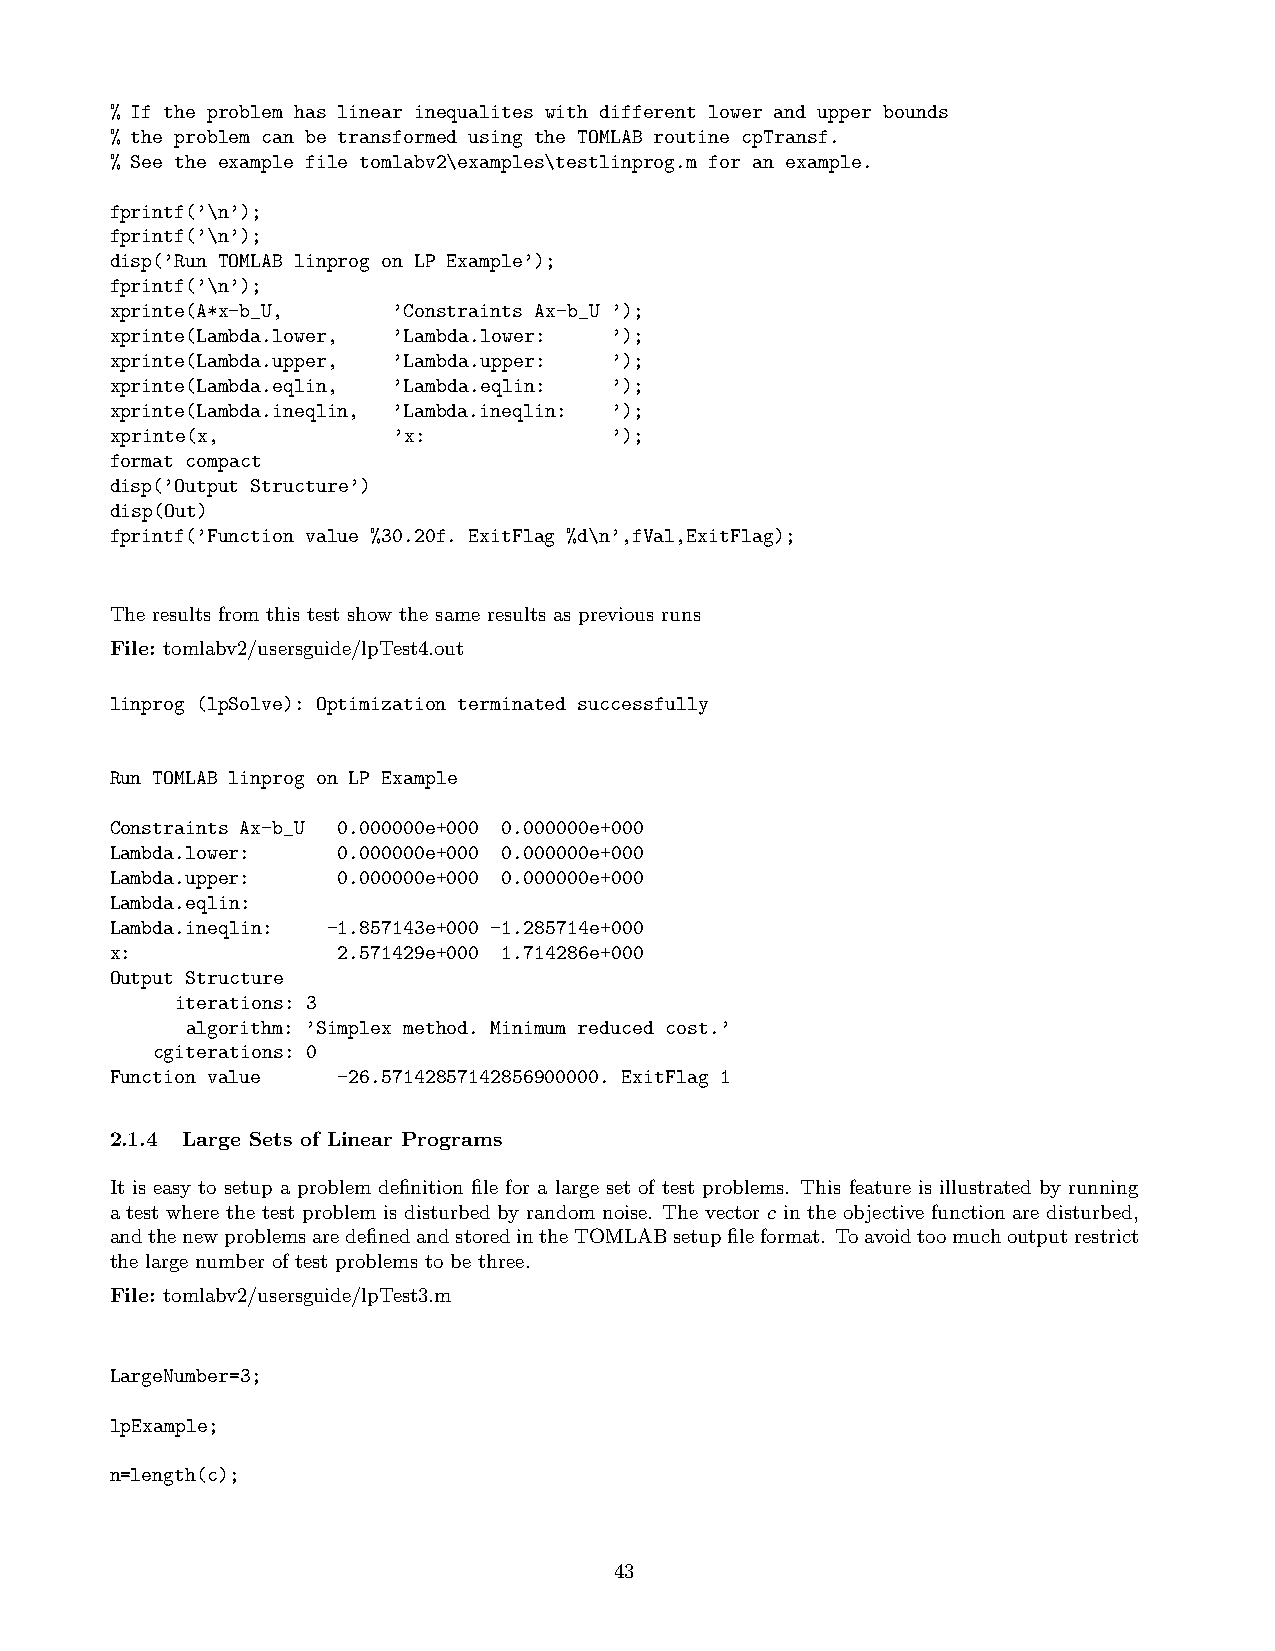
% If the problem has linear inequalites with different lower and upper bounds
 % the problem can be transformed using the TOMLAB routine cpTransf.
 % See the example file tomlabv2\examples\testlinprog.m for an example.
 fprintf(’\n’);
 fprintf(’\n’);
 disp(’Run TOMLAB linprog on LP Example’);
 fprintf(’\n’);
 xprinte(A*x-b_U,   ’Constraints Ax-b_U ’);
 xprinte(Lambda.lower, ’Lambda.lower: ’);
 xprinte(Lambda.upper, ’Lambda.upper: ’);
 xprinte(Lambda.eqlin, ’Lambda.eqlin: ’);
 xprinte(Lambda.ineqlin, ’Lambda.ineqlin: ’);
 xprinte(x,         ’x:           ’);
 format compact
 disp(’Output Structure’)
 disp(Out)
 fprintf(’Function value %30.20f. ExitFlag %d\n’,fVal,ExitFlag);
 The results from this test show the same results as previous runs
 File: tomlabv2/usersguide/lpTest4.out
 linprog (lpSolve): Optimization terminated successfully
 Run TOMLAB linprog on LP Example
 Constraints Ax-b_U 0.000000e+000 0.000000e+000
 Lambda.lower:  0.000000e+000 0.000000e+000
 Lambda.upper:  0.000000e+000 0.000000e+000
 Lambda.eqlin:
 Lambda.ineqlin: -1.857143e+000 -1.285714e+000
 x:             2.571429e+000 1.714286e+000
 Output Structure
 iterations: 3
 algorithm: ’Simplex method. Minimum reduced cost.’
 cgiterations: 0
 Function value -26.57142857142856900000. ExitFlag 1
 2.1.4 Large Sets of Linear Programs
 It is easy to setup a problem definition file for a large set of test problems. This feature is illustrated by running
 a test where the test problem is disturbed by random noise. The vector c in the objective function are disturbed,
 andthenewproblemsaredefinedandstoredintheTOMLABsetupfileformat. Toavoidtoomuchoutputrestrict
 the large number of test problems to be three.
 File: tomlabv2/usersguide/lpTest3.m
 LargeNumber=3;
 lpExample;
 n=length(c);
 43